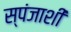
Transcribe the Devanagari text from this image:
स्पंजाशी